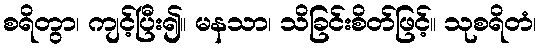
စရိတွာ၊ ကျင့်ပြီး၍။ မနသာ၊ သိခြင်းစိတ်ဖြင့်။ သုစရိတံ၊